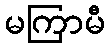
မကြာမီ